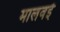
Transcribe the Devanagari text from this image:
मालवई